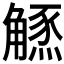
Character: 𧤲